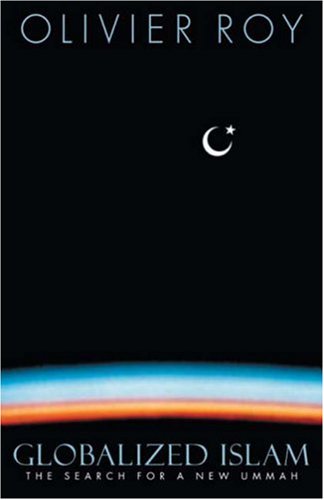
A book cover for Globalized Islam: The Search for a New Ummah (CERI Series in Comparative Politics and International Studies); Olivier Roy; Religion & Spirituality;